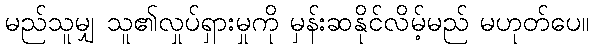
မည်သူမျှ သူ၏လှုပ်ရှားမှုကို မှန်းဆနိုင်လိမ့်မည် မဟုတ်ပေ။